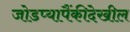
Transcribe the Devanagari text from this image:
जोडप्यापैंकीदेखील